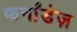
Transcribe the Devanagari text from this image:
फर्नांडेज़